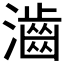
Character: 𤁧